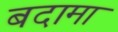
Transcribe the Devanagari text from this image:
बदामा